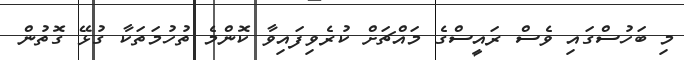
މި ބަހުސްގައި ވެސް ރައީސްގެ މައްޗަށް ކުރެވިފައިވާ ކޮންމެ ތުހުމަތަކާ ގުޅޭ ގޮތުން